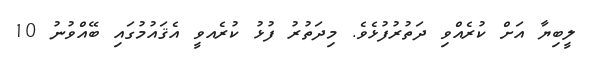
ލީބިޔާ އަށް ކުރެއްވި ދަތުރުފުޅެވެ. މިދަތުރު ފުޅު ކުރެއވީ އެޤައުމުގައި ބޭއްވުނު 10